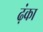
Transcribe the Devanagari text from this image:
ढ़ंका